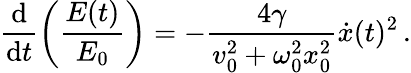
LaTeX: \frac{\textrm{d}}{\textrm{d}t}\left(\frac{E(t)}{E_{0}}\right)=-\frac{4\gamma}{v_{0}^{2}+\omega_{0}^{2}x_{0}^{2}}\dot{x}(t)^{2}\, .